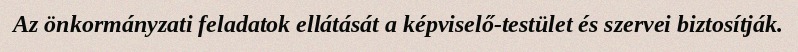
Az önkormányzati feladatok ellátását a képviselő-testület és szervei biztosítják.